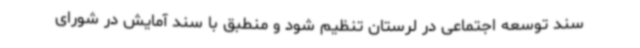
سند توسعه اجتماعی در لرستان تنظیم شود و منطبق با سند آمایش در شورای